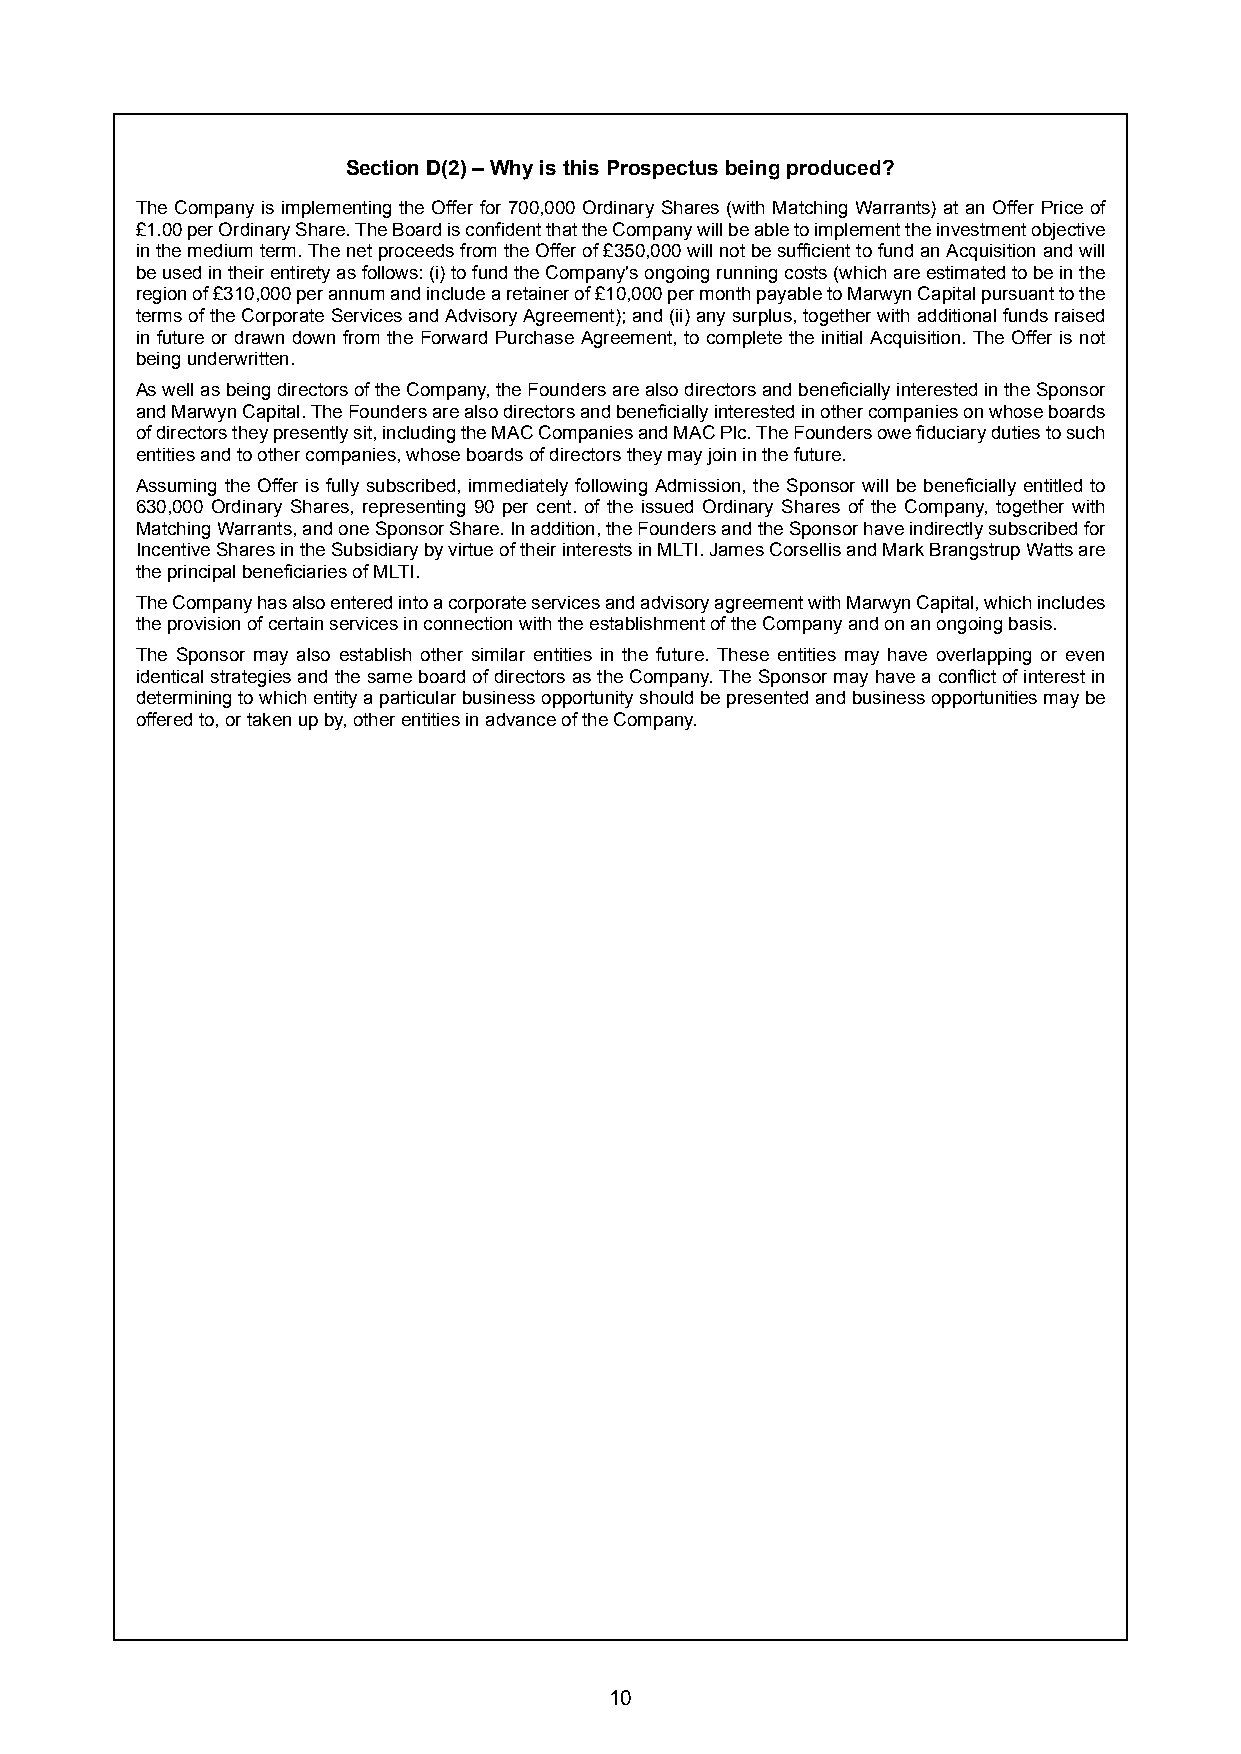
Section D(2) – Why is this Prospectus being produced?
 The Company is implementing the Offer for 700,000 Ordinary Shares (with Matching Warrants) at an Offer Price of
 £1.00perOrdinaryShare.TheBoardisconfidentthattheCompanywillbeabletoimplementtheinvestmentobjective
 inthemediumterm.ThenetproceedsfromtheOfferof£350,000willnotbesufficienttofundanAcquisitionandwill
 beusedintheirentiretyasfollows:(i)tofundtheCompany'songoingrunningcosts(whichareestimatedtobeinthe
 regionof£310,000perannumandincludearetainerof£10,000permonthpayabletoMarwynCapitalpursuanttothe
 termsoftheCorporateServicesandAdvisoryAgreement);and(ii)anysurplus,togetherwithadditionalfundsraised
 in future or drawn down from the Forward Purchase Agreement, to complete the initial Acquisition. The Offer is not
 being underwritten.
 AswellasbeingdirectorsoftheCompany,theFoundersarealsodirectorsandbeneficiallyinterestedintheSponsor
 andMarwynCapital.TheFoundersarealsodirectorsandbeneficiallyinterestedinothercompaniesonwhoseboards
 ofdirectorstheypresentlysit,includingtheMACCompaniesandMACPlc.TheFoundersowefiduciarydutiestosuch
 entities and to other companies, whose boards of directors they may join in the future.
 Assuming the Offer is fully subscribed, immediately following Admission, the Sponsor will be beneficially entitled to
 630,000 Ordinary Shares, representing 90 per cent. of the issued Ordinary Shares of the Company, together with
 MatchingWarrants,andoneSponsorShare.Inaddition,theFoundersandtheSponsorhaveindirectlysubscribedfor
 IncentiveSharesintheSubsidiarybyvirtueoftheirinterestsinMLTI.JamesCorsellisandMarkBrangstrupWattsare
 the principal beneficiaries of MLTI.
 TheCompanyhasalsoenteredintoacorporateservicesandadvisoryagreementwithMarwynCapital,whichincludes
 the provision of certain services in connection with the establishment of the Company and on an ongoing basis.
 The Sponsor may also establish other similar entities in the future. These entities may have overlapping or even
 identicalstrategiesandthesameboardofdirectorsastheCompany.TheSponsormayhaveaconflictofinterestin
 determiningtowhichentityaparticularbusinessopportunityshouldbepresentedandbusinessopportunitiesmaybe
 offered to, or taken up by, other entities in advance of the Company.
 10